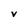
Character: v